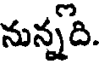
నున్నది.